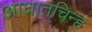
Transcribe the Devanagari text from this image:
आघातचिन्ह